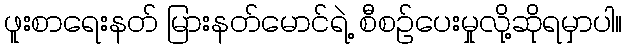
ဖူးစာရေးနတ် မြားနတ်မောင်ရဲ့ စီစဉ်ပေးမှုလို့ဆိုရမှာပါ။